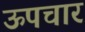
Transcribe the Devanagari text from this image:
ऊपचार